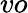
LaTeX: vo